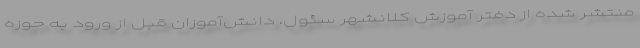
منتشر شده از دفتر آموزش کلانشهر سئول، دانش‌آموزان قبل از ورود به حوزه